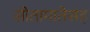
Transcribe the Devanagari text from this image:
सीतामातेसह